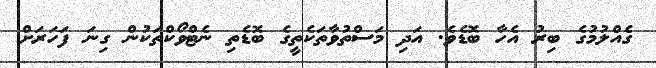
ގެއްލުމުގެ ބިރު އެހާ ބޮޑެވެ. އަދި މަސްތުވާތަކެތީގެ ބޮޑެތި ނެޓްވޯކްތަކުން ގިނަ ފަހަރަށް